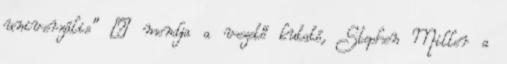
univerzális” – mondja a vezető kutató, Stephen Miller a